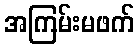
အကြမ်းမဖက်